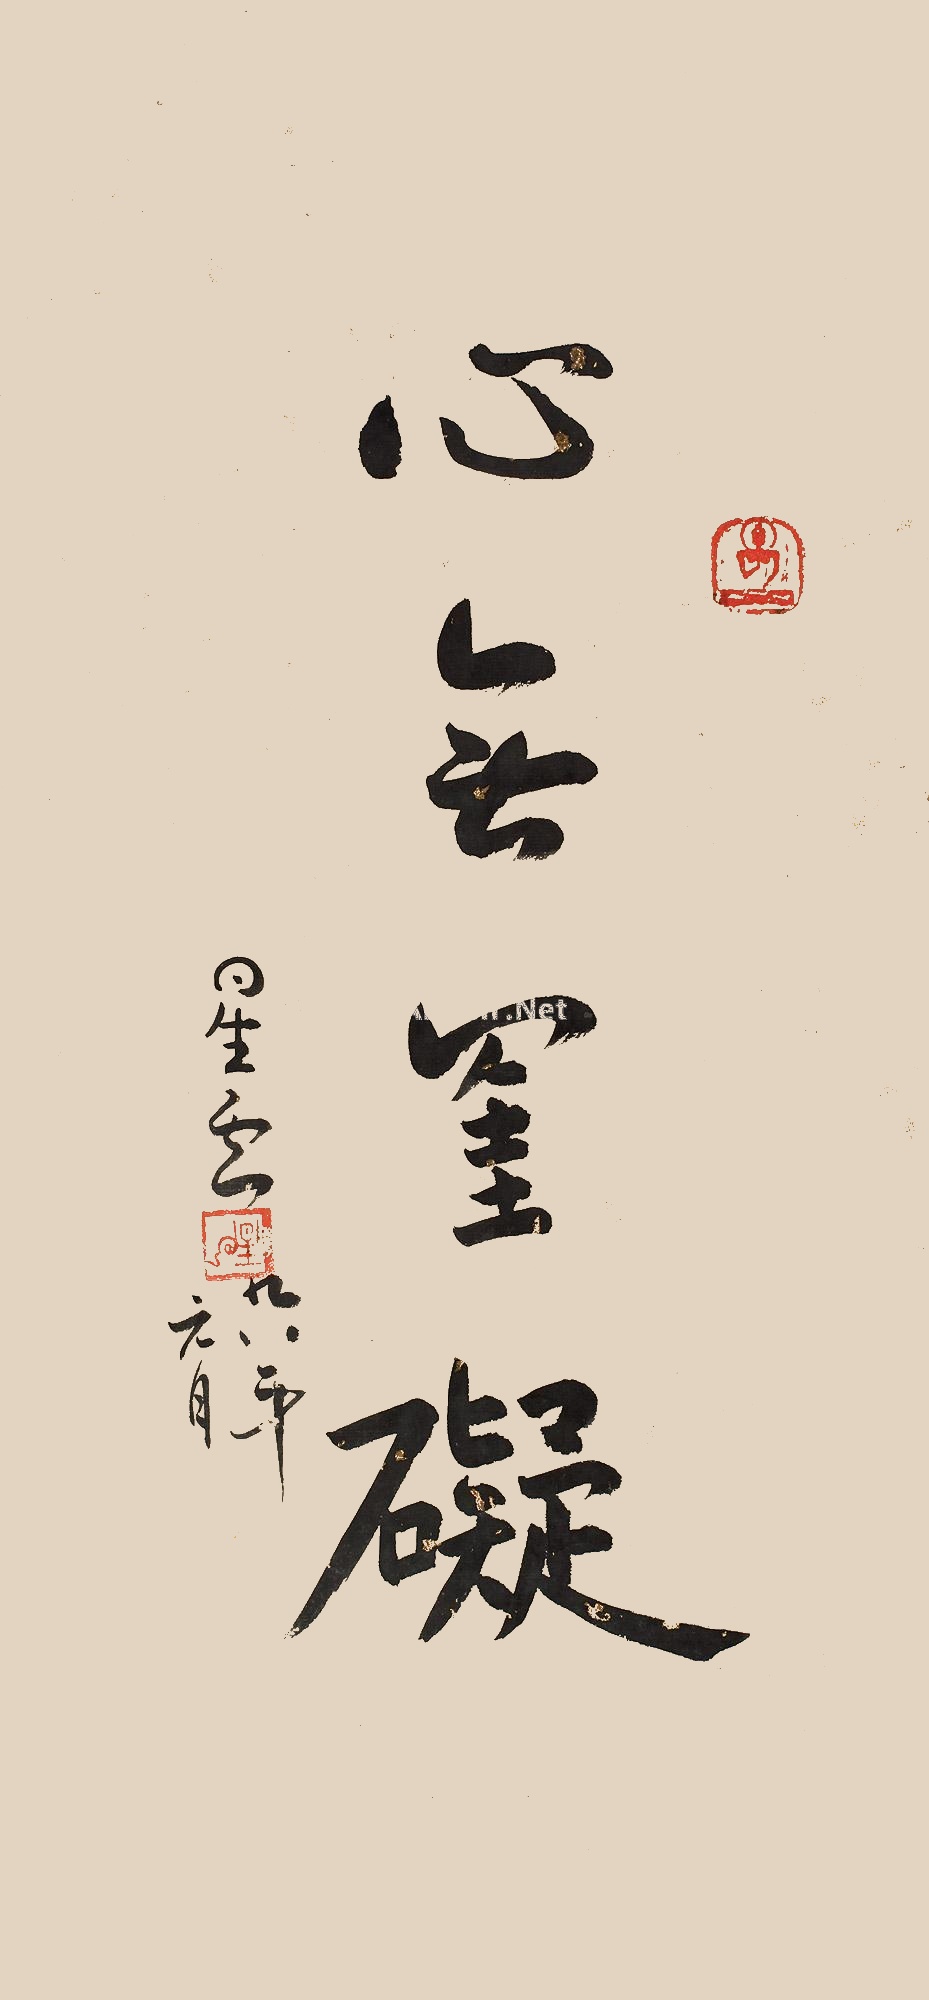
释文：心无罣碍星云，九八年元月